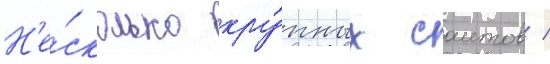
Н'е́сколько кру́пных саитов /